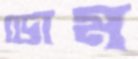
ডোম